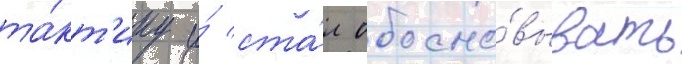
та́кт'ику и́ ста́л обосно́вывать